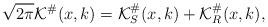
LaTeX: \begin{align*}& \sqrt{2\pi} \mathcal{K}^{\#}(x,k) = \mathcal{K}^{\#}_S(x,k) + \mathcal{K}^{\#}_R(x,k),\end{align*}